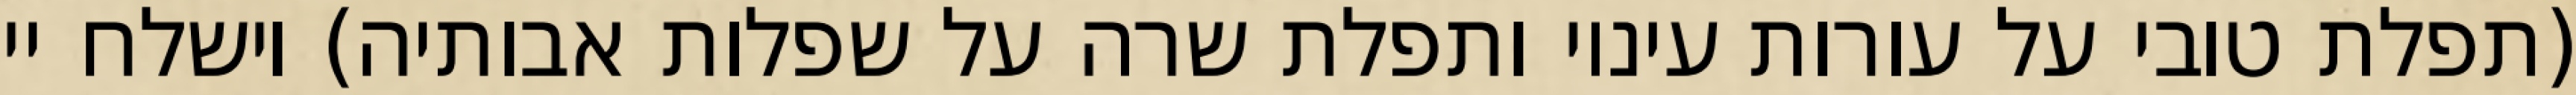
(תפלת טובי על עורות עיניו ותפלת שרה על שפלות אבותיה) וישלח יי